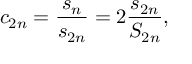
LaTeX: c _ { 2 n } = { \frac { s _ { n } } { s _ { 2 n } } } = 2 { \frac { s _ { 2 n } } { S _ { 2 n } } } ,